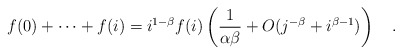
\begin{align*} f(0)+\cdots+f(i)=i^{1-\beta}f(i)\left(\frac{1}{\alpha\beta}+O(j^{-\beta}+i^{\beta-1})\right)\quad.\end{align*}